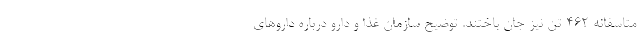
متاسفانه ۴۶۲ تن نیز جان باختند. توضیح سازمان غذا و دارو درباره داروهای